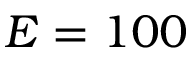
E = 1 0 0